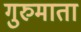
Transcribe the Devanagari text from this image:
गुरुमाता